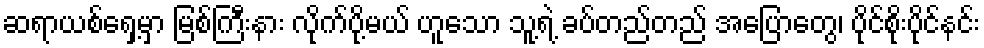
ဆရာယစ်ရှေ့မှာ မြစ်ကြီးနား လိုက်ပို့မယ် ဟူသော သူ့ရဲ့ ခပ်တည်တည် အပြောတွေ၊ ပိုင်စိုးပိုင်နင်း